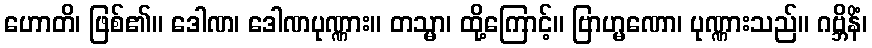
ဟောတိ၊ ဖြစ်၏။ ဒေါဏ၊ ဒေါဏပုဏ္ဏား။ တသ္မာ၊ ထို့ကြောင့်။ ဗြာဟ္မဏော၊ ပုဏ္ဏားသည်။ ဂဗ္ဘိနိံ၊